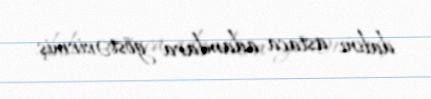
dalını astaca adamlara göstərirmiş.